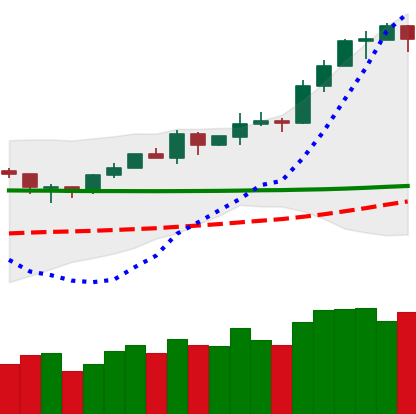
Ticker: ETH-USD
Chart end date: 2020-02-10
Forward return: 18.435%
Label: up_7plus